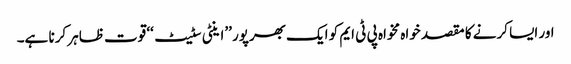
اور ایسا کرنے کا مقصد خواہ مخواہ پی ٹی ایم کو ایک بھرپور ’’اینٹی سٹیٹ‘‘ قوت ظاہر کرنا ہے۔